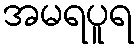
အမရပူရ